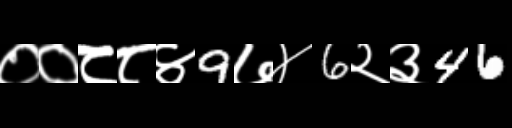
Text: ००८८४9७४6२३46